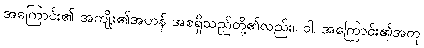
အကြောင်း၏ အကျိုး၏အဟန် အစရှိသည်တို့၏လည်း။ ဝါ၊ အကြောင်း၏အတု